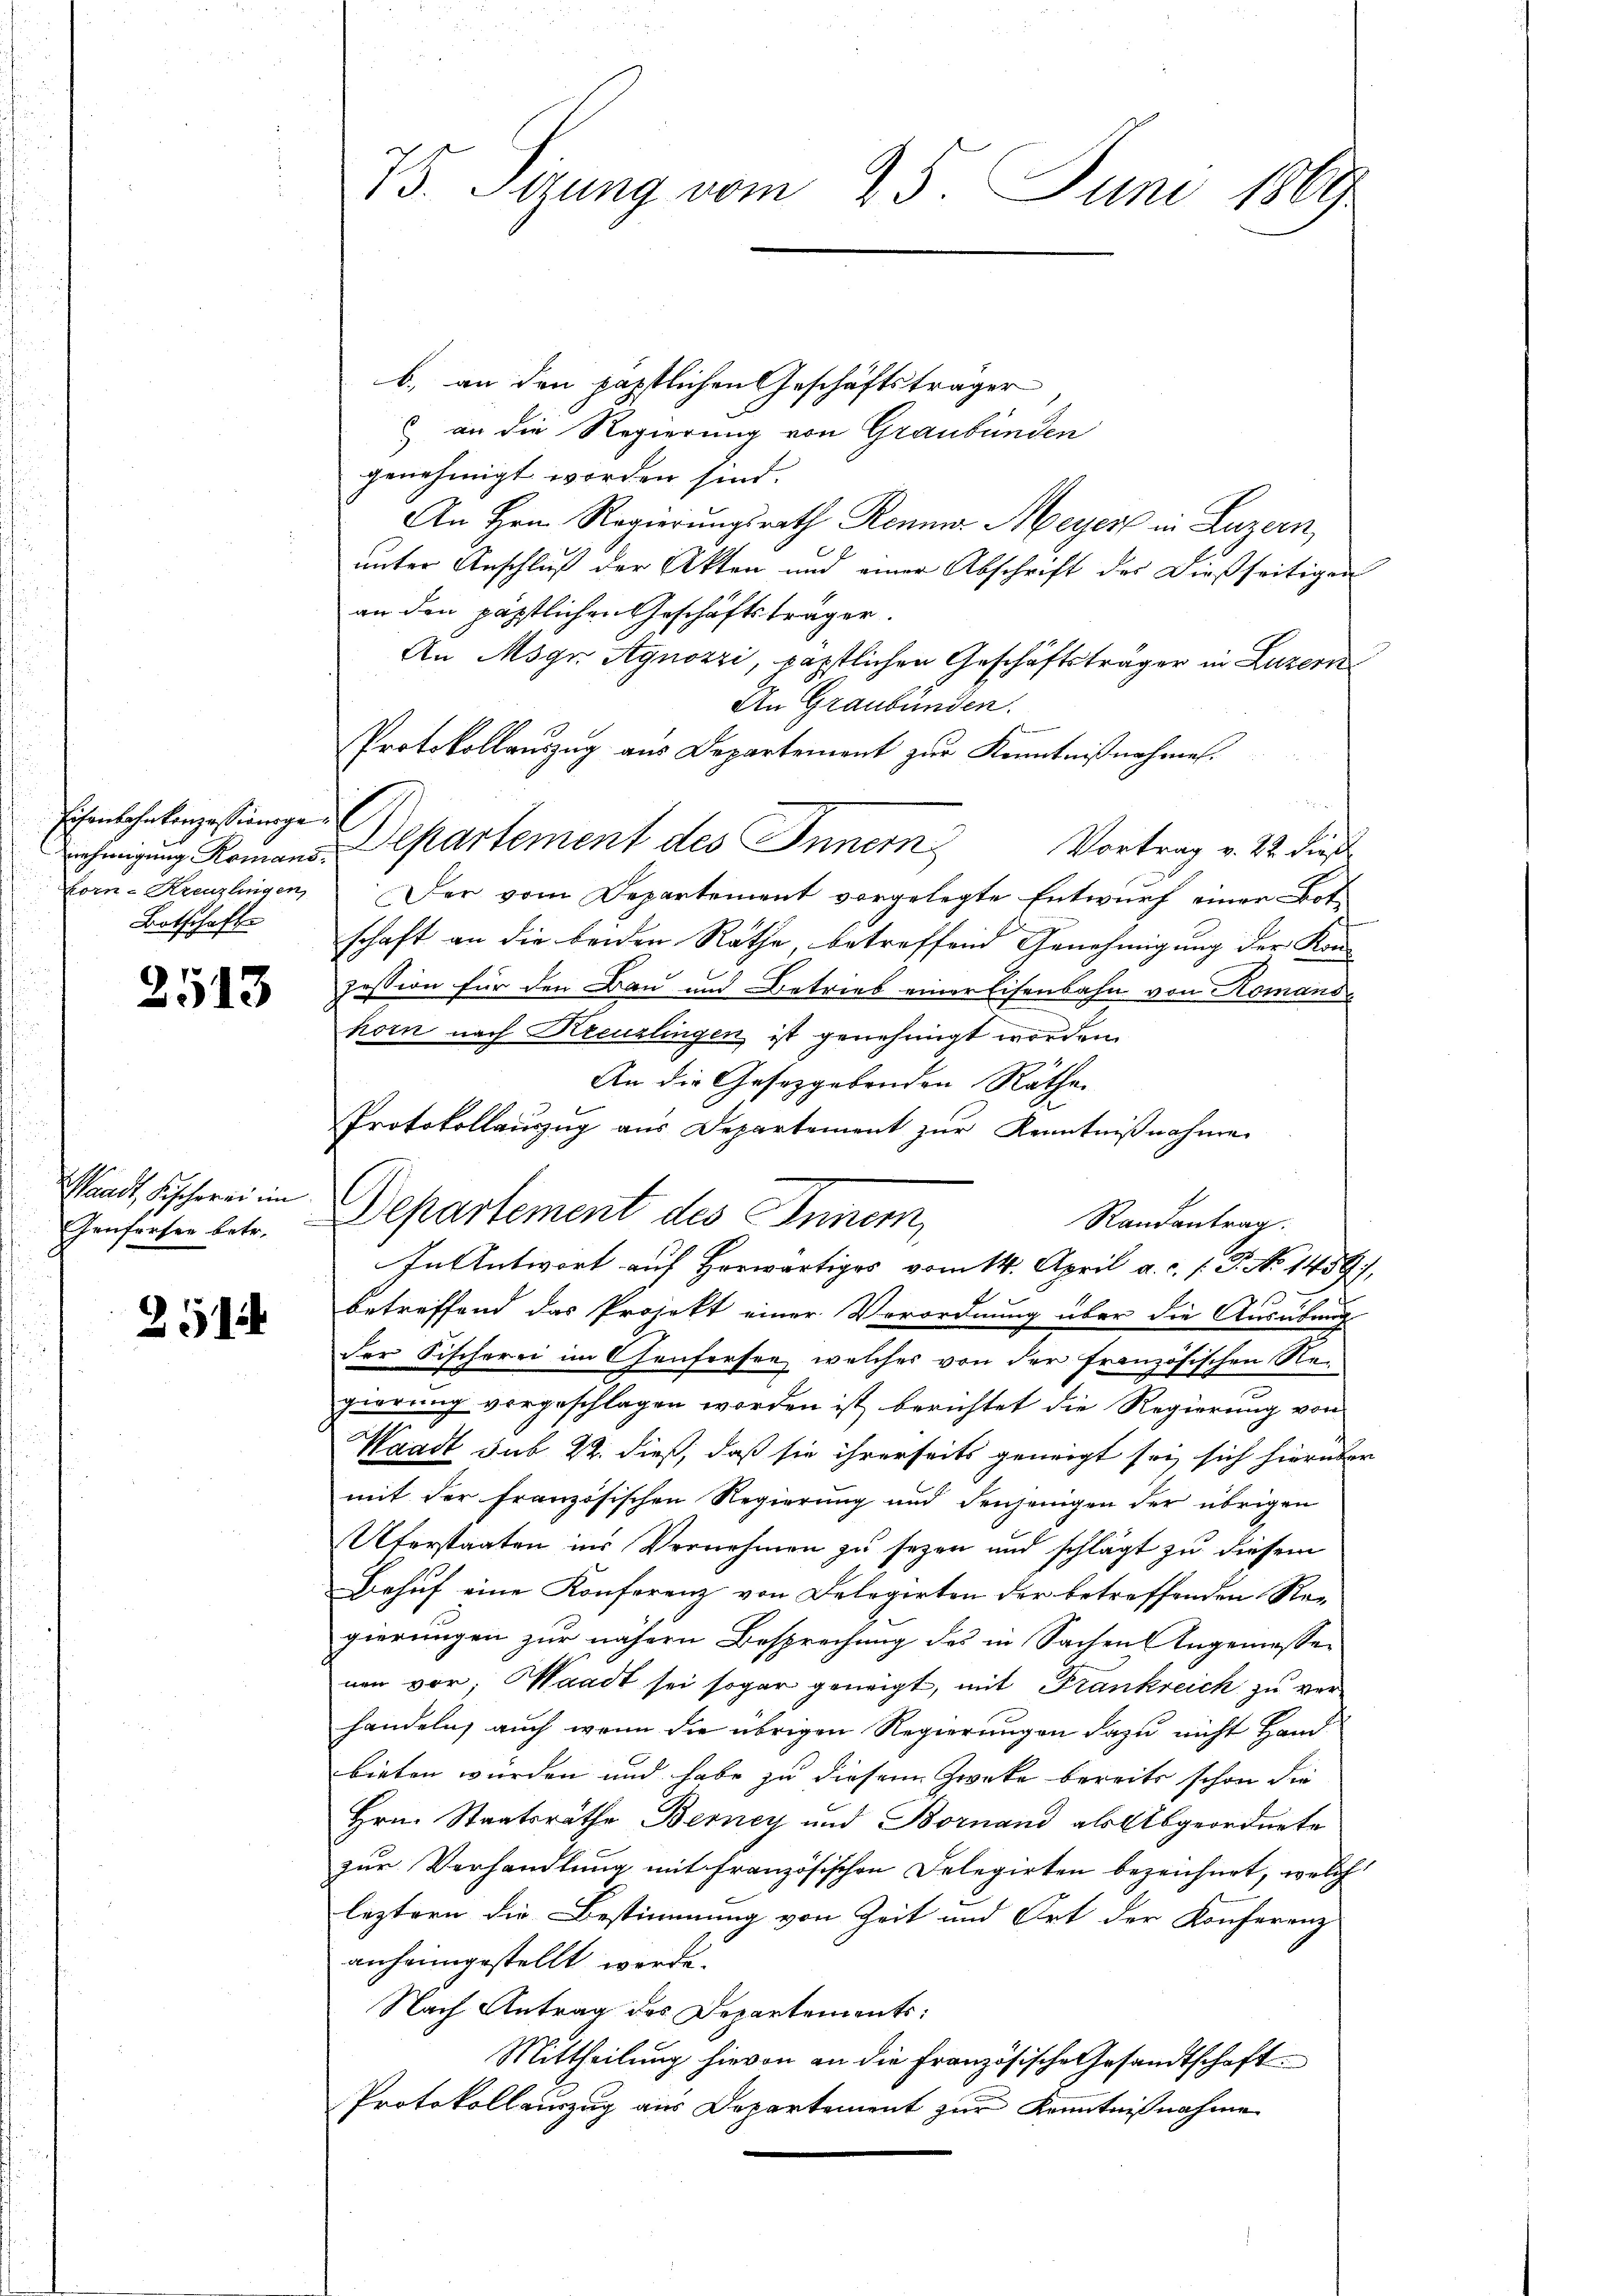
Eisenbahnkonzessionsgekor-Kreuzlingen,
Botschafte

2513

Waadt, Fischerei im

251

75. Sitzung vom 25. Juni 1869

b. an den päpstlichen Geschäftsträger
an die Regierung von Graubünden
genehmigt worden sind.
An Hrn. Regierungsrath Renna Meyer in Luzern,
unter Anschluß der Akten und einer Abschrift des dießseitigen
an den päpstlichen Geschäftsträger.
An Möge Agnozzi, päpstlichen Geschäftsträger in Luzern
An Graubünden.
Protokollauszug aus Departement zur Kenntnißnahmen.
l
rehmigung Romans Departement des Innern Vortrag v. 22. dieß
Der vom Departement vorgelegte Entwurf einer Bot
schaft an die beiden Rathe betreffend Genehmigung der Kon-
Zession für den Bau und Betrieb einer Eisenbahn von Komans
horn nach Kreuzlingen ist genehmigt worden.
An die Gesetzgebenden Räthe.
Protokollauszug aus Departement zur Kenntnißnahme.
s
Randantrag.
In Antwort auf Horwärtiges vom 14. April a. c. l. J. No 1439),
betreffend das Projekt einer Verordnung über die Ausübung
der Fischerei im Genfersee, welches von der französischen Regierung vorgeschlagen worden ist, berichtet die Regierung von
Waadt sub 22. dieß, daß sie ihrerseits geneigt sei, sich hierüber
mit der französischen Regierung und denjenigen der übrigen
Uferstaaten ins Vernehmen zu sezen und schlägt zu diesem
Behuf eine Konferenz von Delegirten der betreffenden Re-
gierungen zur nähern Besprechung des in Sachen Angemessenen vor, Waadt sei sogar geneigt, mit Frankreich zu verhandeln, auch wenn die übrigen Regierungen dazu nicht Hand
bieten würden und habe zu diesem Zwecke bereits schon die
Hrn. Staatsräthe Berney und Bornand als Abgeordnete
zur Verhandlung mit französischen Delegirten bezeichnet, welch
leztern die Bestimmung von Zeit und Ort der Konferenz-
anheimgestellt werde.
Nach Antrag des Departements:
Mittheilung hievon an die französische Gesandtschaft
Protokoll einzug aus Departement zur Kenntnißnahme

Gensorter betr. Departement des Inner,